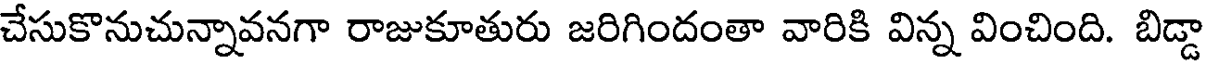
చేసుకొనుచున్నావనగా రాజుకూతురు జరిగిందంతా వారికి విన్న వించింది. బిడ్డా